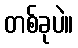
တစ်ခုပဲ။